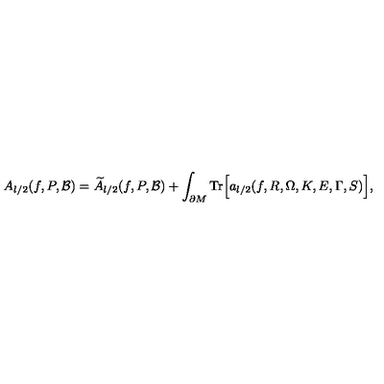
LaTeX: A _ { l / 2 } ( f , P , { \cal B } ) = { \widetilde A } _ { l / 2 } ( f , P , { \cal B } ) + \int _ { \partial M } \mathrm { { T r } } \Bigr [ a _ { l / 2 } ( f , R , \Omega , K , E , \Gamma , S ) \Bigr ] ,